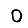
Digit: 0